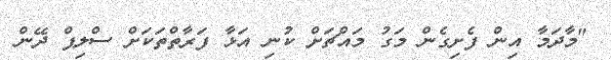
"މާދަމާ އިން ފެށިގެން މަގު މައްޗަށް ކުނި އަޅާ ފަރާތްތަކަށް ސްލިޕް ދޭން